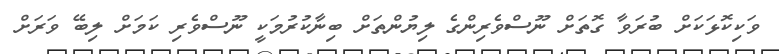
ވަކިކޮޅަކަށް ބުރަވާ ގޮތަށް ނޫސްވެރިންގެ ލިޔުންތަށް ބިނާކުރުމަކީ ނޫސްވެރި ކަމަށް ލިބޭ ވަރަށް